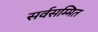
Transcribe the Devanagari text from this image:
सर्वसम्मित